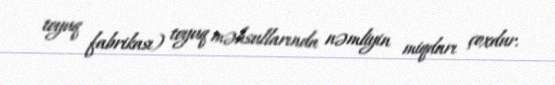
toyuq fabrikası) toyuq məhsullarında nəmliyin miqdarı çoxdur.